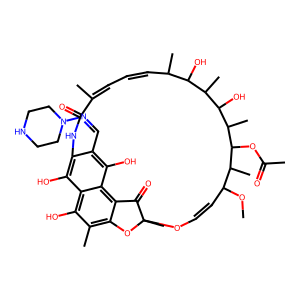
SMILES: COC1C=COC2(C)Oc3c(C)c(O)c4c(O)c(c(C=NN5CCNCC5)c(O)c4c3C2=O)NC(=O)C(C)=CC=CC(C)C(O)C(C)C(O)C(C)C(OC(C)=O)C1C
Inhibits HIV replication: No